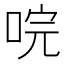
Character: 唍